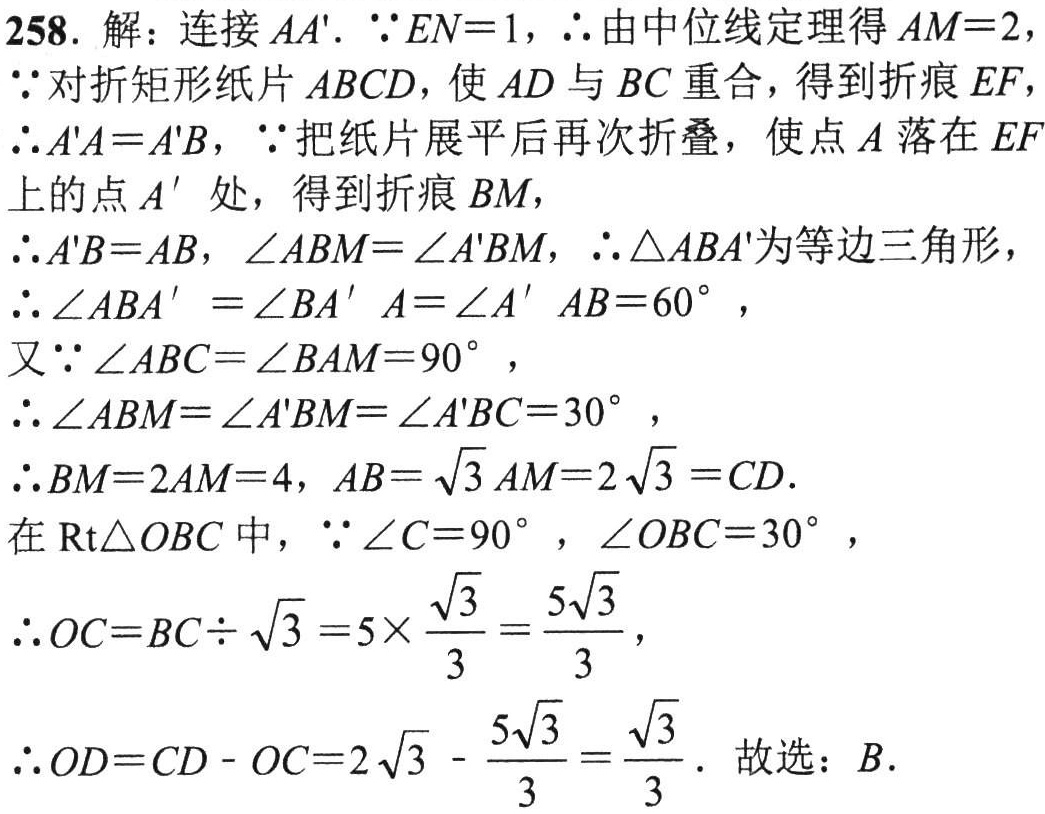
258. 解：连接 \(AA'\). \(\because EN = 1\)，\(\therefore\)由中位线定理得 \(AM = 2\)，

\(\because\)对折矩形纸片 \(ABCD\)，使 \(AD\) 与 \(BC\) 重合，得到折痕 \(EF\)，

\(\therefore A'A=A'B\)，\(\because\)把纸片展平后再次折叠，使点 \(A\) 落在 \(EF\) 上的点 \(A'\) 处，得到折痕 \(BM\)，

\(\therefore A'B = AB\)，\(\angle ABM=\angle A'BM\)，\(\therefore\triangle ABA'\)为等边三角形，

\(\therefore\angle ABA'=\angle BA'A=\angle A'AB = 60^{\circ}\)，

又\(\because\angle ABC=\angle BAM = 90^{\circ}\)，

\(\therefore\angle ABM=\angle A'BM=\angle A'BC = 30^{\circ}\)，

\(\therefore BM = 2AM = 4\)，\(AB=\sqrt{3}AM = 2\sqrt{3}=CD\).

在 \(\text{Rt}\triangle OBC\) 中，\(\because\angle C = 90^{\circ}\)，\(\angle OBC = 30^{\circ}\)，

\(\therefore OC = BC\div\sqrt{3}=5\times\frac{\sqrt{3}}{3}=\frac{5\sqrt{3}}{3}\)，

\(\therefore OD = CD - OC=2\sqrt{3}-\frac{5\sqrt{3}}{3}=\frac{\sqrt{3}}{3}\). 故选：\(B\).